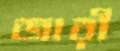
জারী